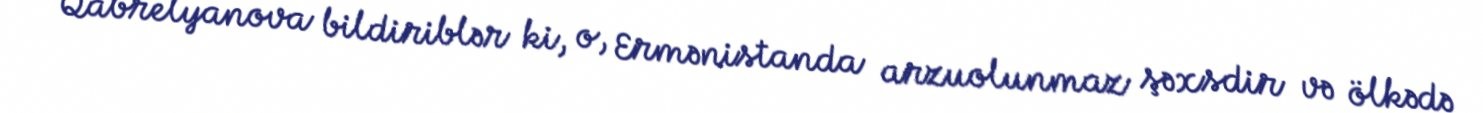
Qabrelyanova bildiriblər ki, o, Ermənistanda arzuolunmaz şəxsdir və ölkədə